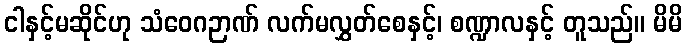
ငါနှင့်မဆိုင်ဟု သံဝေဂဉာဏ် လက်မလွှတ်စေနှင့်၊ စဏ္ဍာလနှင့် တူသည်။ မိမိ